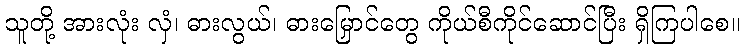
သူတို့ အားလုံး လှံ၊ ဓားလွယ်၊ ဓားမြှောင်တွေ ကိုယ်စီကိုင်ဆောင်ပြီး ရှိကြပါစေ။